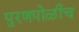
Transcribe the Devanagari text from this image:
पुरणपोळीच